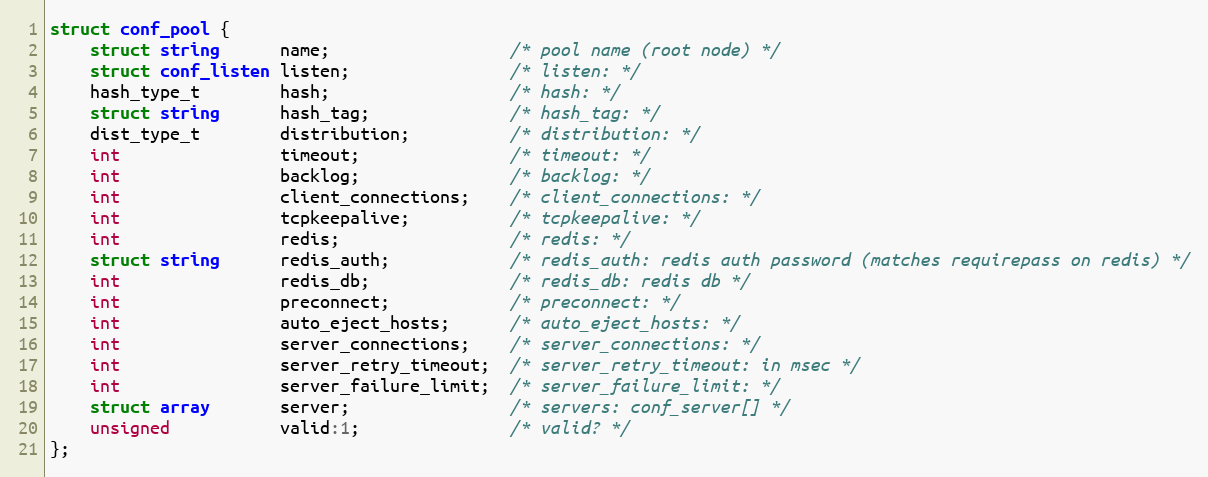
Language: C
struct conf_pool {
    struct string      name;                  /* pool name (root node) */
    struct conf_listen listen;                /* listen: */
    hash_type_t        hash;                  /* hash: */
    struct string      hash_tag;              /* hash_tag: */
    dist_type_t        distribution;          /* distribution: */
    int                timeout;               /* timeout: */
    int                backlog;               /* backlog: */
    int                client_connections;    /* client_connections: */
    int                tcpkeepalive;          /* tcpkeepalive: */
    int                redis;                 /* redis: */
    struct string      redis_auth;            /* redis_auth: redis auth password (matches requirepass on redis) */
    int                redis_db;              /* redis_db: redis db */
    int                preconnect;            /* preconnect: */
    int                auto_eject_hosts;      /* auto_eject_hosts: */
    int                server_connections;    /* server_connections: */
    int                server_retry_timeout;  /* server_retry_timeout: in msec */
    int                server_failure_limit;  /* server_failure_limit: */
    struct array       server;                /* servers: conf_server[] */
    unsigned           valid:1;               /* valid? */
};